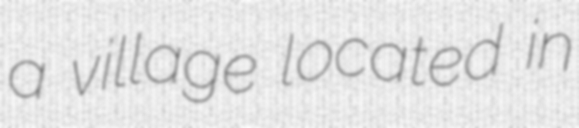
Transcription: a village located in